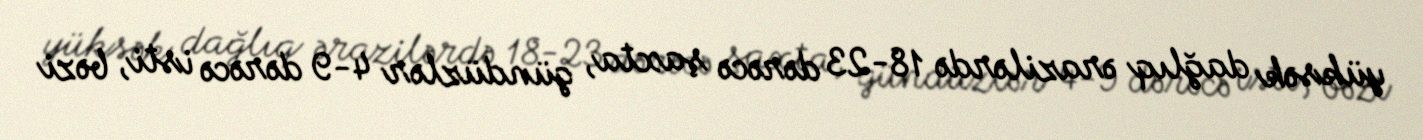
yüksək dağlıq ərazilərdə 18-23 dərəcə şaxta, gündüzlər 4-9 dərəcə isti, bəzi